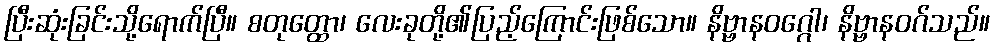
ပြီးဆုံးခြင်းသို့ရောက်ပြီ။ စတုတ္ထော၊ လေးခုတို့၏ပြည့်ကြောင်းဖြစ်သော။ နိဗ္ဗာနဝဂ္ဂေါ၊ နိဗ္ဗာနဝဂ်သည်။